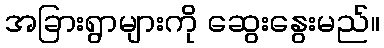
အခြားရွာများကို ဆွေးနွေးမည်။